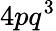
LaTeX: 4pq^{3}